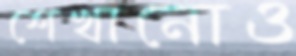
শেখানোও